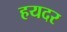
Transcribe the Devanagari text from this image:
हयदर